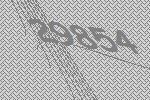
29854